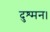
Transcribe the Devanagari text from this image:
दुश्मन।